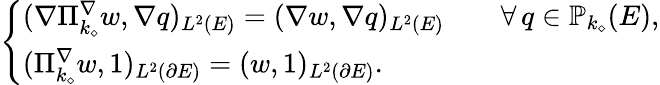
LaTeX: \left\{ \begin{array}{ll}{(\nabla\Pi_{k_{\diamond}}^{\nabla}w,\nabla q)_{L^{2}(E)}=(\nabla w,\nabla q)_{L^{2}(E)}\qquad\forall\, q\in\mathbb{P}_{k_{\diamond}}(E),}\\ {(\Pi_{k_{\diamond}}^{\nabla}w,1)_{L^{2}(\partial E)}=(w,1)_{L^{2}(\partial E)}.}\end{array}\right.